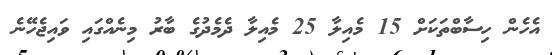
އެހެން ހިސާބްތަކަށް 15 މެއިލާ 25 މެއިލާ ދެމެދުގެ ބާރު މިނެއްގައި ވައިޖެހޭނެ